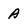
Character: A